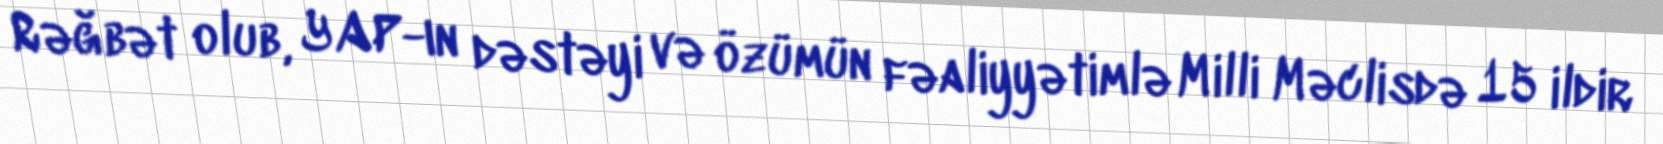
Rəğbət olub, YAP-ın dəstəyi və özümün fəaliyyətimlə Milli Məclisdə 15 ildir